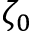
\zeta _ { 0 }